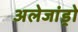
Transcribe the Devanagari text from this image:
अलेजांड्रो